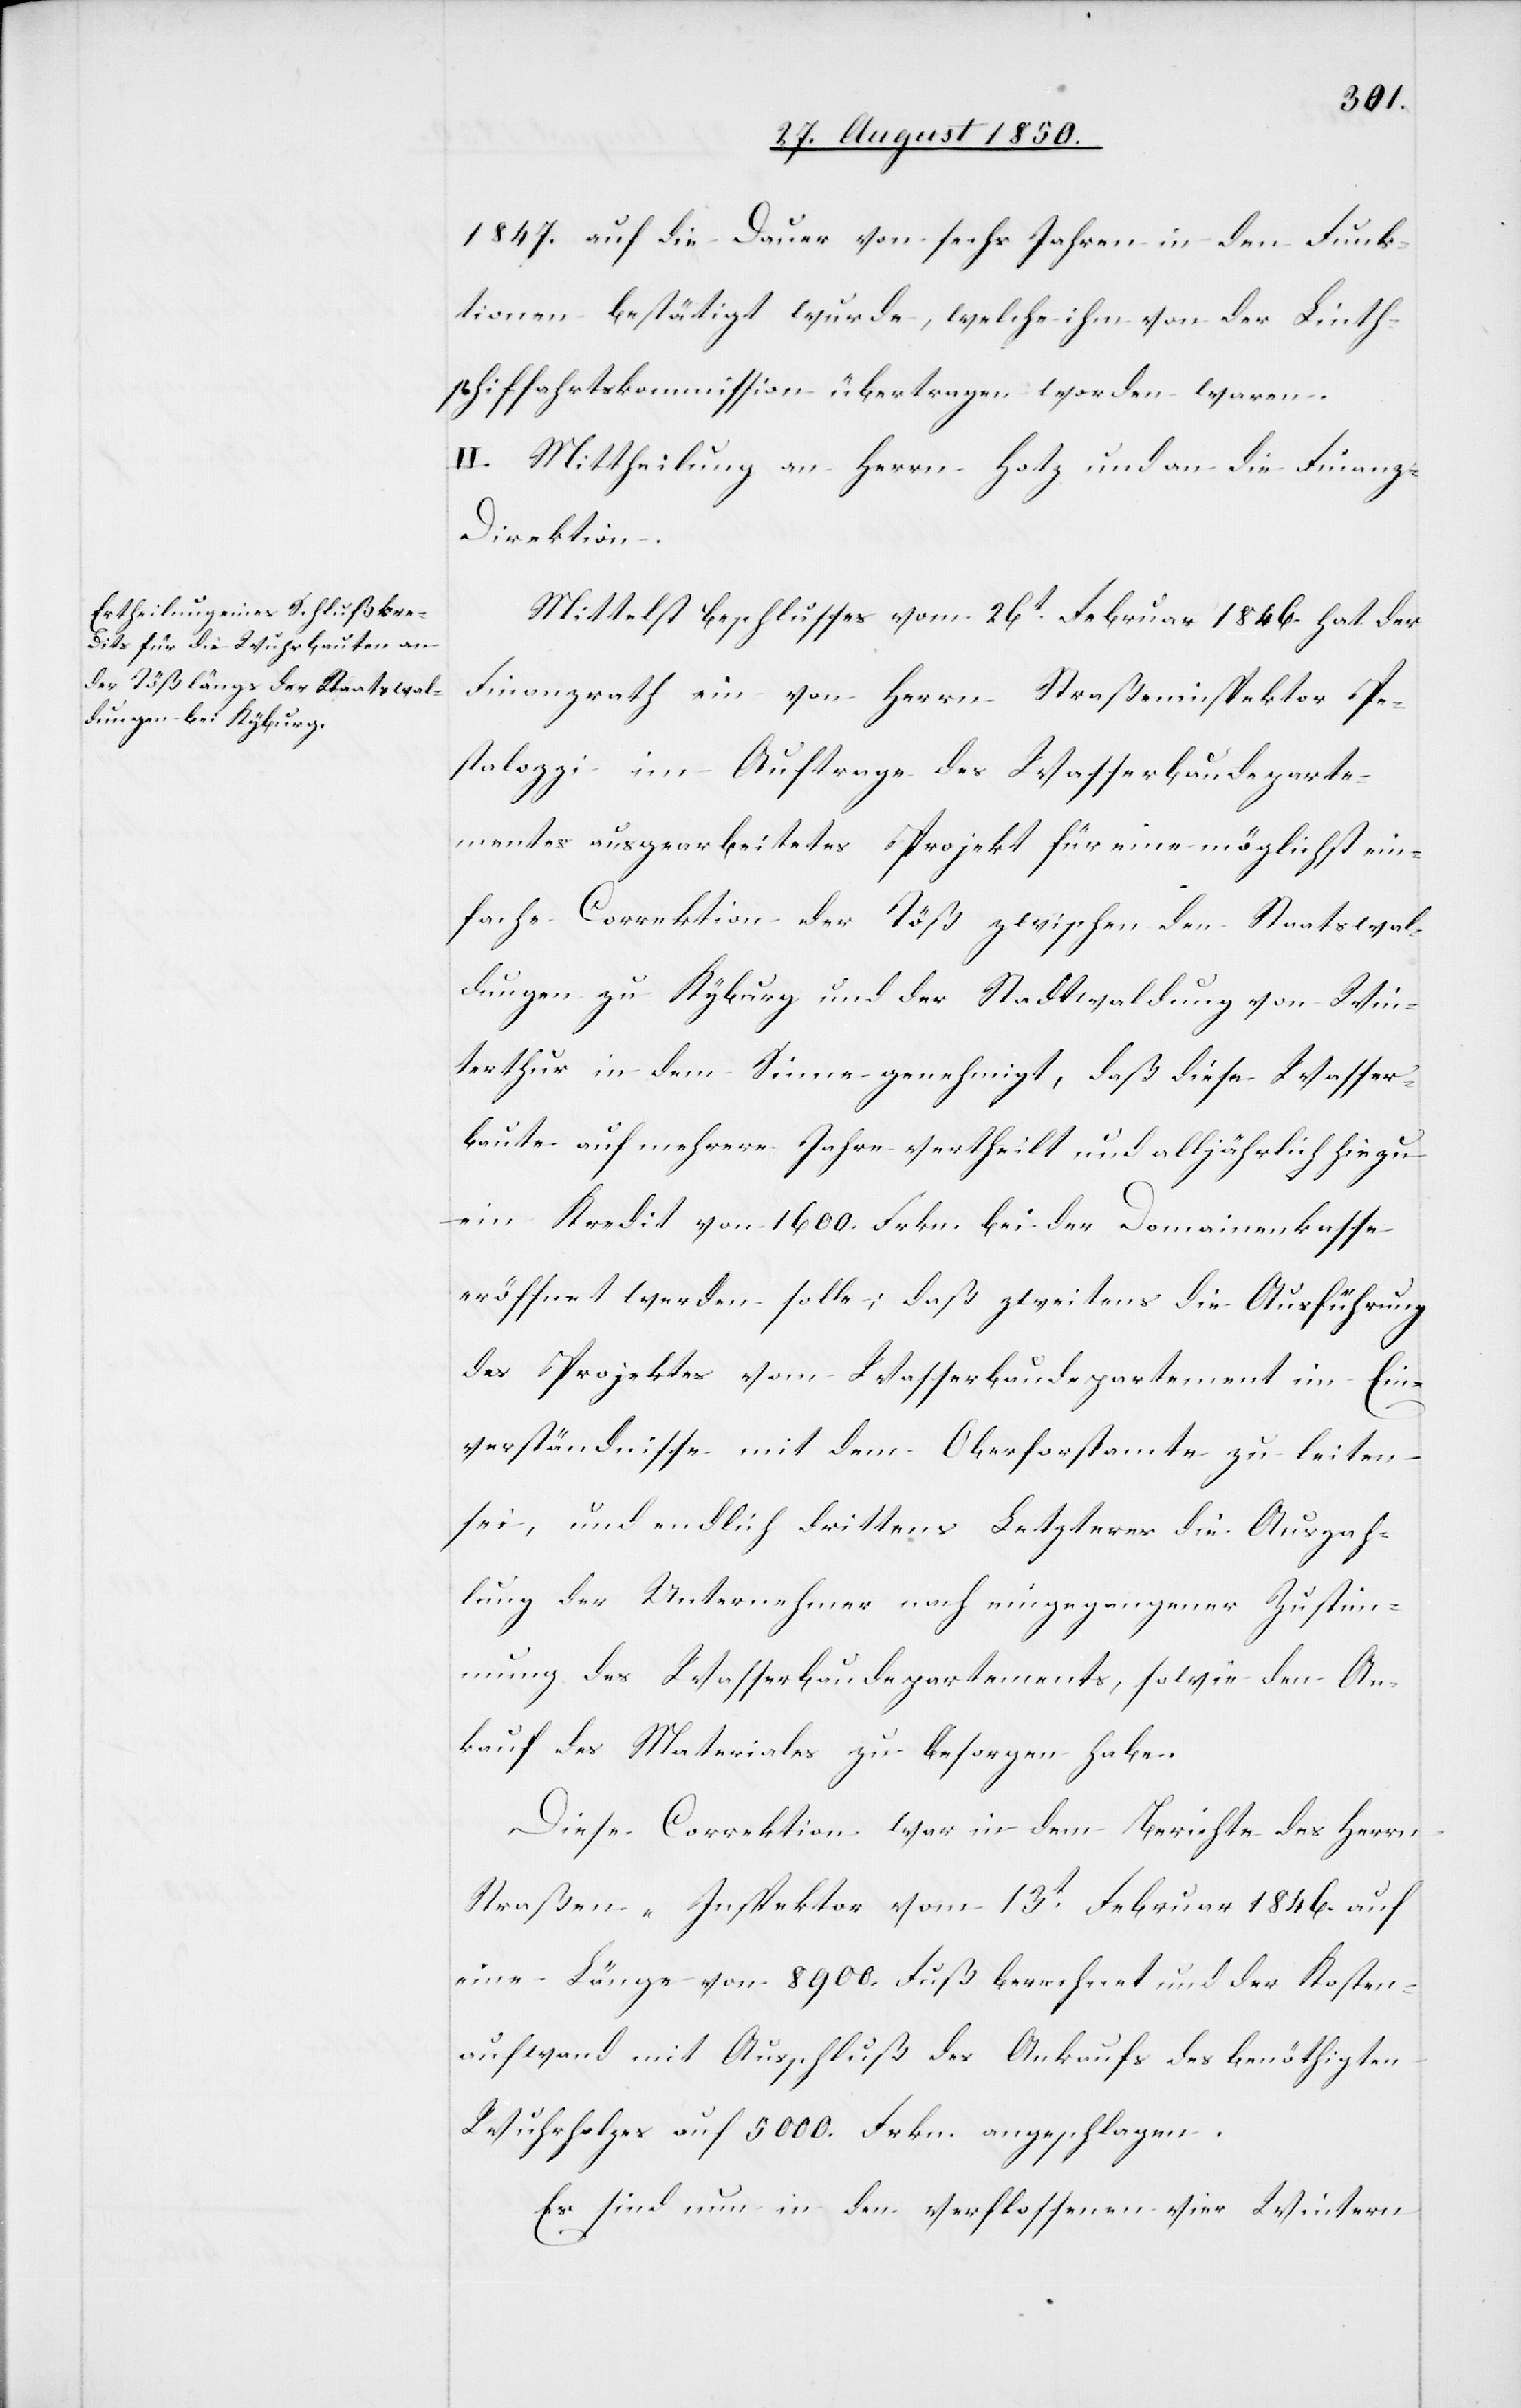
1847. auf die Dauer von sechs Jahren in den Funk¬
tionen bestätigt wurde, welche ihm von der Linth¬
schiffahrtskommission übertragen worden waren.
II. Mittheilung an Herrn Hotz und an die Finanz-D¬
irektion.
Mittelst Beschlusses vom 26t Februar 1846. hat der
Finanzrath ein von Herrn Straßeninspektor Pe¬
stalozzi im Auftrage des Wasserbaudeparte¬
mentes ausgearbeitetes Projekt für eine möglichst ein¬
fache Correktion der Töß zwischen den Staatswal¬
dungen zu Kyburg und der Stadtwaldung von Win¬
terthur in dem Sinne genehmigt, daß diese Wasser¬
baute auf mehrere Jahre vertheilt und alljährlich hiezu
ein Kredit von 1600. Frkn. bei der Domainenkasse
eröffnet werden solle; daß zweitens die Ausführung
des Projektes vom Wasserbaudepartement im Ein¬
verständnisse mit dem Oberforstamte zu leiten
sei, und endlich drittens Letzteres die Auszah¬
lung der Unternehmer nach eingegangener Zustim¬
mung des Wasserbaudepartements, sowie den An¬
kauf des Materiales zu besorgen habe.
Diese Correktion war in dem Berichte des Herrn
Straßen-Inspektor vom 13t Februar 1846. auf
eine Länge von 8900. Fuß berechnet und der Kosten¬
aufwand mit Ausschluß des Ankaufs des benöthigten
Wuhrholzes auf 5000. Frkn. angeschlagen.
Es sind nun in den verflossenen vier Wintern